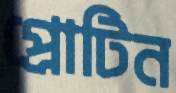
প্রোটিন